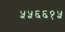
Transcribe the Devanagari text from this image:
५५६६१५